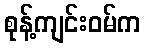
စုန့်ကျင်းဝမ်က